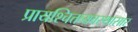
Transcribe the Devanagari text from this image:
प्रायश्चित्तव्यवस्थासार